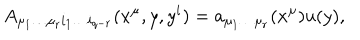
A _ { \mu _ { 1 } \dots \mu _ { r } i _ { 1 } \dots i _ { q - r } } ( x ^ { \mu } , y , y ^ { i } ) = a _ { \mu _ { 1 } \dots \mu _ { r } } ( x ^ { \mu } ) u ( y ) ,